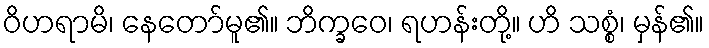
ဝိဟရာမိ၊ နေတော်မူ၏။ ဘိက္ခဝေ၊ ရဟန်းတို့။ ဟိ သစ္စံ၊ မှန်၏။